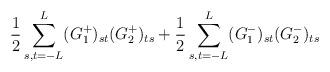
LaTeX: \begin{align*}\frac{1}{2} \sum_{s,t=-L}^{L} (G^+_1)_{st}(G^+_2)_{ts} + \frac{1}{2} \sum_{s,t=-L}^{L} (G^-_1)_{st} (G^-_2)_{ts}\end{align*}